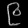
Digit: ၉